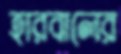
হারবালের